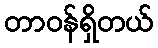
တာဝန်ရှိတယ်